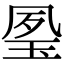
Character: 𤥔